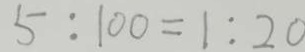
5 : 1 0 0 = 1 : 2 0